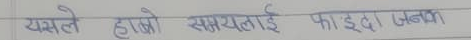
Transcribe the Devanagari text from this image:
यसले हाम्रो समयलाई फाइदाजनक